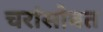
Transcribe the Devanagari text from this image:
चरांसोबत